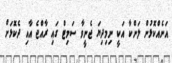
އަނެއްކޮޅުން ލަންކާ އަކީ ނިމިދިޔަ ޖެނީވާ ސަމިޓް ގައި ރާއްޖެ އާއި ދެކޮޅަށް